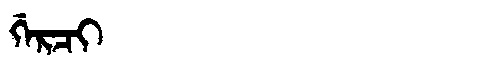
Manchu: ᡤᡝᡵᠴᡳ
Romanization: GERCI